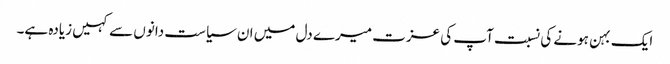
ایک بہن ہونے کی نسبت آپ کی عزت میرے دل میں ان سیاست دانوں سے کہیں زیادہ ہے۔